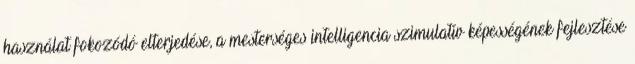
használat fokozódó elterjedése, a mesterséges intelligencia szimulatív képességének fejlesztése